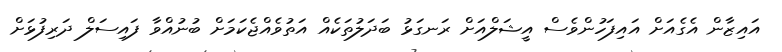
އައިޒާން އެގެއަށް އައިފަހުންވެސް އީޝަލްއަށް ރަނގަޅު ބަދަލުތަކެއް އަތުވެއްޖެކަމަށް ބުނުއްވާ ފައިސަލް ދަރިފުޅަށް